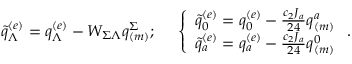
\tilde { q } _ { \Lambda } ^ { ( e ) } = q _ { \Lambda } ^ { ( e ) } - W _ { \Sigma \Lambda } q _ { ( m ) } ^ { \Sigma } ; \ \ \ \ \left\{ \begin{array} { l } { { \tilde { q } _ { 0 } ^ { ( e ) } = q _ { 0 } ^ { ( e ) } - { \frac { c _ { 2 } J _ { a } } { 2 4 } } q _ { ( m ) } ^ { a } } } \\ { { \tilde { q } _ { a } ^ { ( e ) } = q _ { a } ^ { ( e ) } - { \frac { c _ { 2 } J _ { a } } { 2 4 } } q _ { ( m ) } ^ { 0 } } } \end{array} \right. .